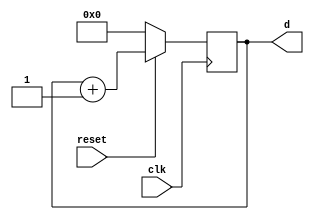
module counter16(clk, reset, d);
    input clk, reset;
    output[0:3] d;
    reg[0:3] d;

    always @(posedge clk)
        if (!reset)
            d <= 0;
        else
            d <= d + 1;
endmodule